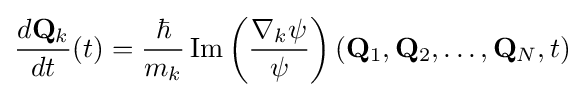
{\frac {d\mathbf {Q} _{k}}{dt}}(t)={\frac {\hbar }{m_{k}}}\operatorname {Im} \left({\frac {\nabla _{k}\psi }{\psi }}\right)(\mathbf {Q} _{1},\mathbf {Q} _{2},\ldots ,\mathbf {Q} _{N},t)